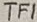
Text: TF1